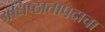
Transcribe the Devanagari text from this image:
अधिष्ठातापदाचा